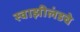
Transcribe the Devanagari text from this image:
स्वाझीलंडचे